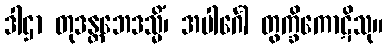
ဒါဌာ တုဒန္တဘေဒသ္မိံ၊ အပါင်္ဂေါ တွက္ခိကောဋိသု။